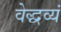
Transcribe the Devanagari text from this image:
वेद्धव्यं